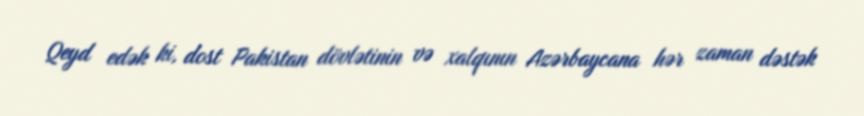
Qeyd edək ki, dost Pakistan dövlətinin və xalqının Azərbaycana hər zaman dəstək